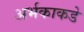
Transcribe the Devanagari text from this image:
अर्भकाकडे